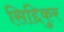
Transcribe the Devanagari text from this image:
सिद्दिकुर